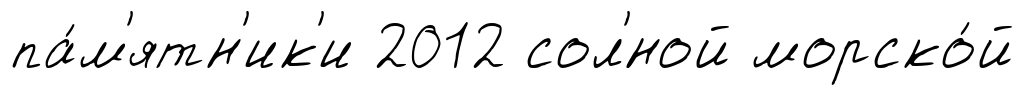
па́м'ятн'ик'и 2012 сол'́ной морско́й